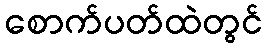
စောက်ပတ်ထဲတွင်